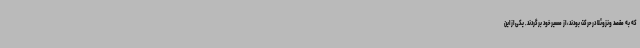
که به مقصد ونزوئلا در حرکت بودند، از مسیر خود برگردند. یکی از این